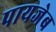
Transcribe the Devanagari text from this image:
पायजेब